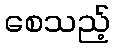
စေသည့်